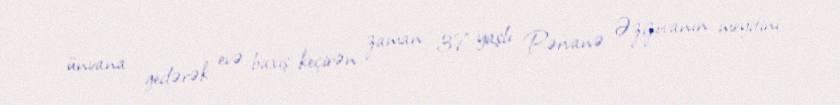
ünvana gedərək evə baxış keçirən zaman 37 yaşlı Pərvanə Əzizovanın meyitini